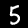
Label: 5